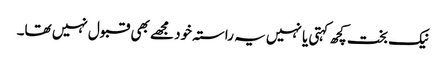
نیک بخت کچھ کہتی یا نہیں یہ راستہ خود مجھے بھی قبول نہیں تھا۔